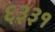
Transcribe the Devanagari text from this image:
६३३१